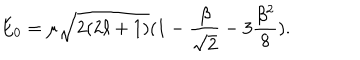
E _ { 0 } = \mu \sqrt { 2 ( 2 \ell + 1 ) } ( 1 - \frac { \beta } { \sqrt { 2 } } - 3 \frac { \beta ^ { 2 } } { 8 } ) .